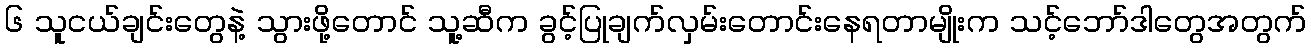
၆ သူငယ်ချင်းတွေနဲ့ သွားဖို့တောင် သူ့ဆီက ခွင့်ပြုချက်လှမ်းတောင်းနေရတာမျိုးက သင့်ဘော်ဒါတွေအတွက်